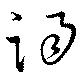
謁